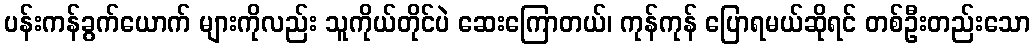
ပန်းကန်ခွက်ယောက် များကိုလည်း သူကိုယ်တိုင်ပဲ ဆေးကြောတယ်၊ ကုန်ကုန် ပြောရမယ်ဆိုရင် တစ်ဦးတည်းသော